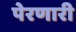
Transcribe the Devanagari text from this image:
पेरणारी